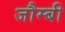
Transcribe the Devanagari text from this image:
जौम्बी